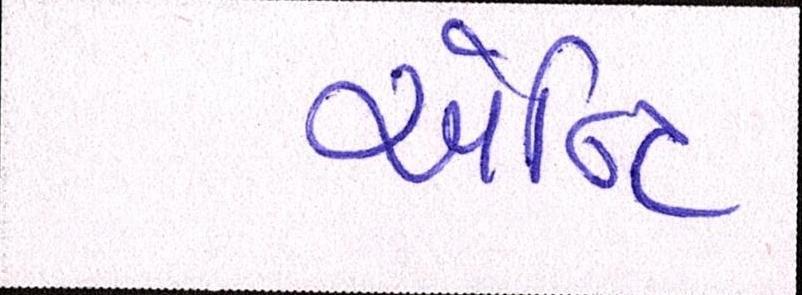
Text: એન્ટિ